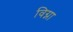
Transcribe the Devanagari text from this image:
विग्ना